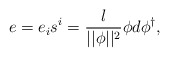
\begin{align*}e=e_is^i=\frac l{||\phi ||^2}\phi d\phi ^{\dagger }, \end{align*}